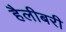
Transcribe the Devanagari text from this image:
हैलीबरी